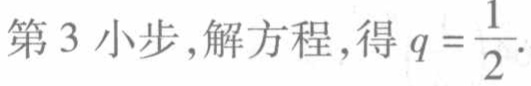
第 3 小步,解方程,得 \(q = \frac{1}{2}\).